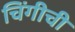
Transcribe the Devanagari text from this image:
चिंगीची